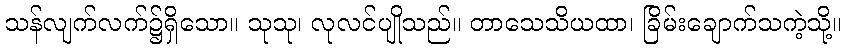
သန်လျက်လက်၌ရှိသော။ သုသု၊ လုလင်ပျိုသည်။ တာသေသိယထာ၊ ခြိမ်းချောက်သကဲ့သို့။